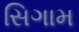
સિગામ